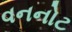
વનનોટ